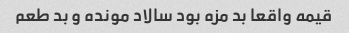
قیمه واقعا بد مزه بود سالاد مونده و بد طعم